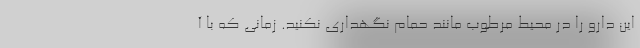
این دارو را در محیط مرطوب مانند حمام نگهداری نکنید. زمانی که با آ